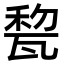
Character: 𤭜